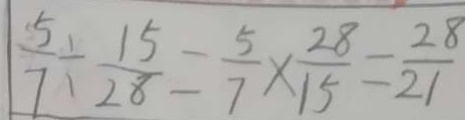
\frac { 5 } { 7 } \div \frac { 1 5 } { 2 8 } - \frac { 5 } { 7 } \times \frac { 2 8 } { 1 5 } = \frac { 2 8 } { 2 1 }